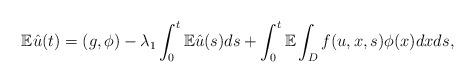
LaTeX: \begin{align*}\mathbb{E}\hat{u}(t)=(g,\phi)-\lambda_{1}\int_{0}^{t}\mathbb{E}\hat{u}(s)ds+\int_{0}^{t}\mathbb{E}\int_{D}f(u,x,s)\phi(x)dxds,\end{align*}